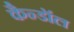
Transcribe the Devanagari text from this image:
कैन्डॉल